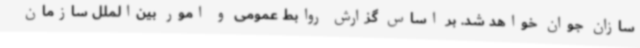
سازان جوان خواهد شد. بر اساس گزارش روابط عمومی و امور بین‌الملل سازمان